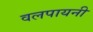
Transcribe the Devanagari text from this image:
वलपायनी